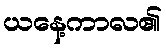
ယနေ့ကာလ၏